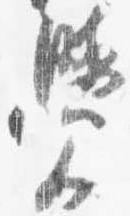
覚